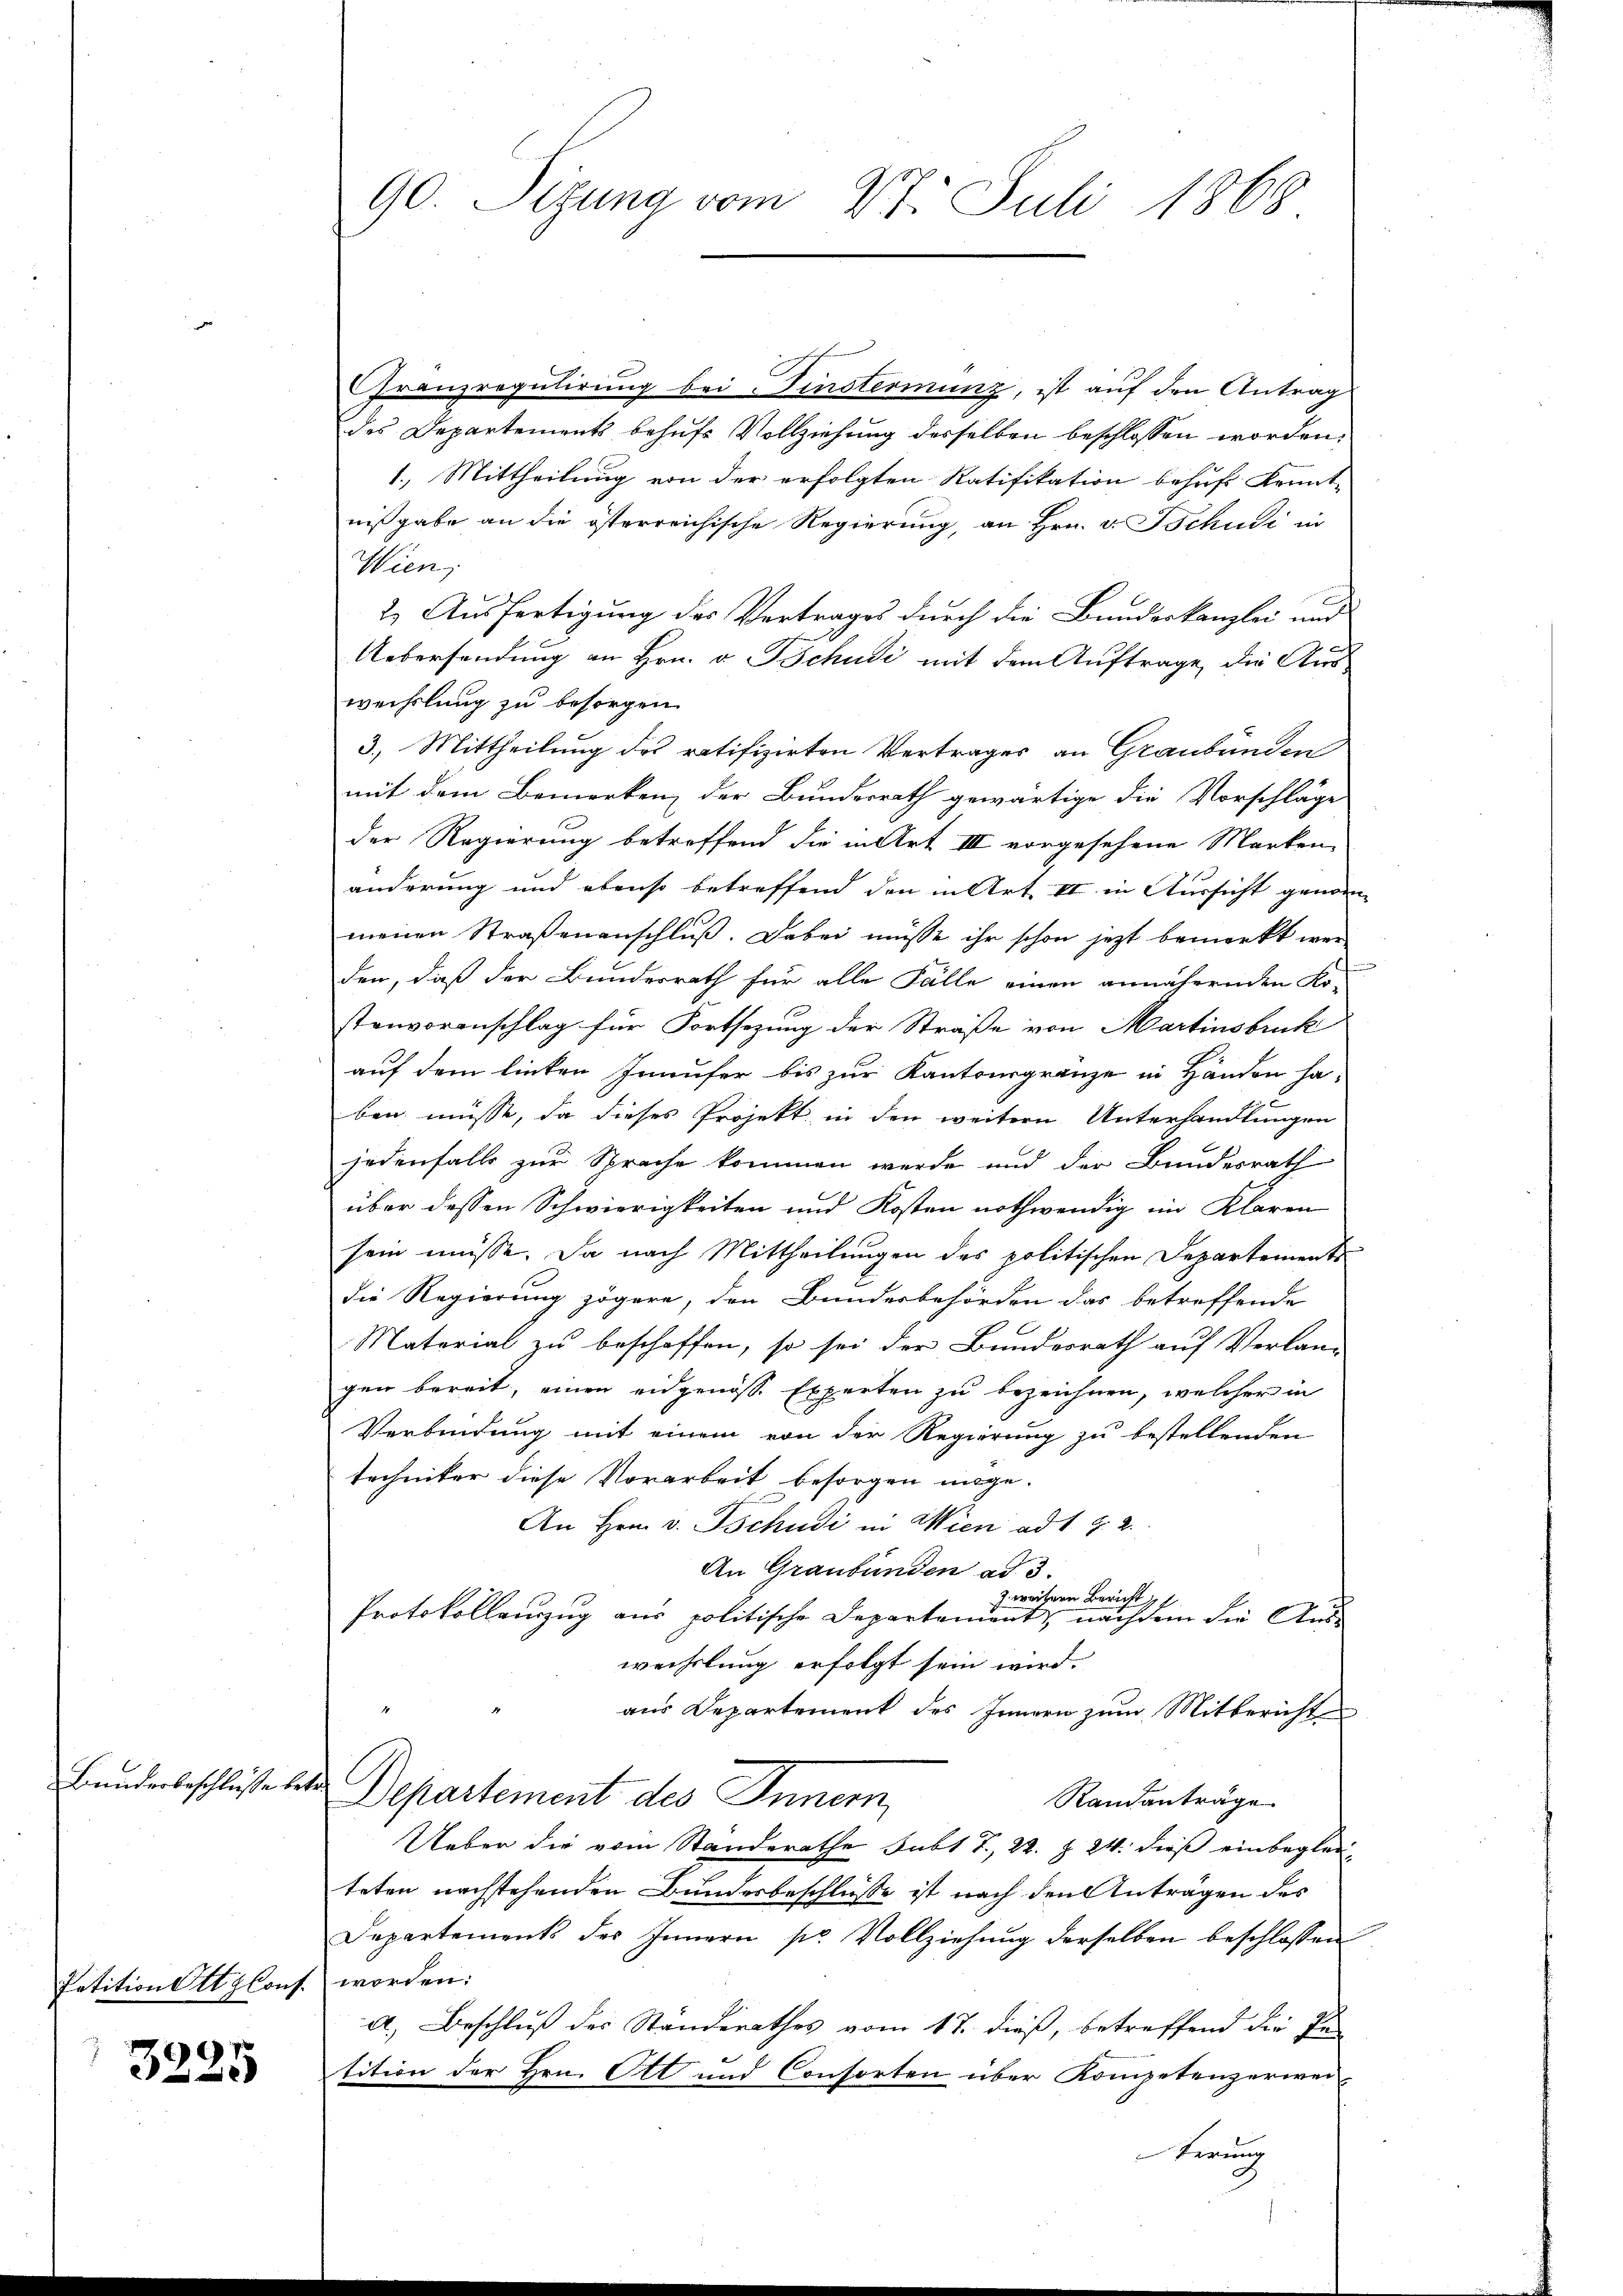
Bunderbeschlüsse betr.

Petition Ottzlons worden:

3225

90. Sizung vom 27. Juli 1868

Granzregulirung bei Fisterminz, ist auf den Antrag
des Departements behufs Vollziehung desselben beschlossen worden,
1.) Mittheilung von der erfolgten Ratifikation behufs Kennt-
nißgabe an die österreichische Regierung, an Hrn. v. Tschudi in
Wien,
2.) Ausfertigung des Vertrages durch die Bundeskanzlei und
Uebersendung an Hrn. v. Schudi mit dem Auftrage, die Aus-
wechslung zu besorgen.
3.) Mittheilung des ratifizirten Vertrages an Graubünden
mit dem Bemerken der Bundesrath gewärtige die Vorschläge
der Regierung betreffend die in Art III vorgesehene Marken,
änderung und ebenso betreffend den in Art. II in Aussicht genom
menen Straßenanschluß. Dabei müsse ihr schon jetzt bemerkt wer
den, daß der Bundesrath für alle Fälle einen annähernden Ko-
stenvoranschlag für Fortsezung der Straße von Martinsbruck
auf dem linken Inaufer bis zur Kantonsgränze in Händen ha-
ben müsse, da dieses Projekt in den weitern Unterhandlungen
jedenfalls zur Sprache kommen werde und der Bundesrath
über dessen Schwierigkeiten und Kosten nothwendig im Klaren
sein müsse. Da nach Mittheilungen des politischen Departements
die Regierung zögere, den Bundesbehörden das betreffende
Material zu beschaffen, so sei der Bundesrath auf Verlang
gen bereit, einen eidgenösse Experten zu bezeichnen, welcher in
Verbindung mit einem von der Regierung zu bestellenden
techniker diese Vorarbeit besorgen möge.
An Hrn. v. Tschudi in Wien ad 1. §. 2.
An Graubünden ad 3.
J. weitern Bericht
Protokollenzug aus politische Departament, nachdem die Auswechslung erfolgt sein wird.
aus Departement des Innern zum Mitbericht
Departement des Innern,
Randanträge
Ueber die vom Standerathe Subl T., 22. Z. 24. dieß einbegleiteten nachstehenden Bundesbeschlüße ist nach den Anträgen des
Departement des Innern sr Vollziehŭng derselben beschlossen
A.) Beschluß des Ständerathes vom 17. dieß, betreffend die Pe
tition der Hrn. Ott und Consorten über Kompetenzerweiterung

u